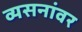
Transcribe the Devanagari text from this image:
व्यसनांवर